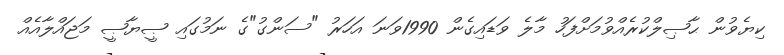
ކިޔެވުން ޙާޞިލްކުރެއްވުމަށްފަހު މާލެ ވަޑައިގެން 1990ވަނަ އަހަރު "ސަންގު"ގެ ނަމުގައި ޞީޔާޞީ މަޖައްލާއެއް